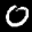
Label: 0